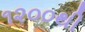
૧૨૦૦થી